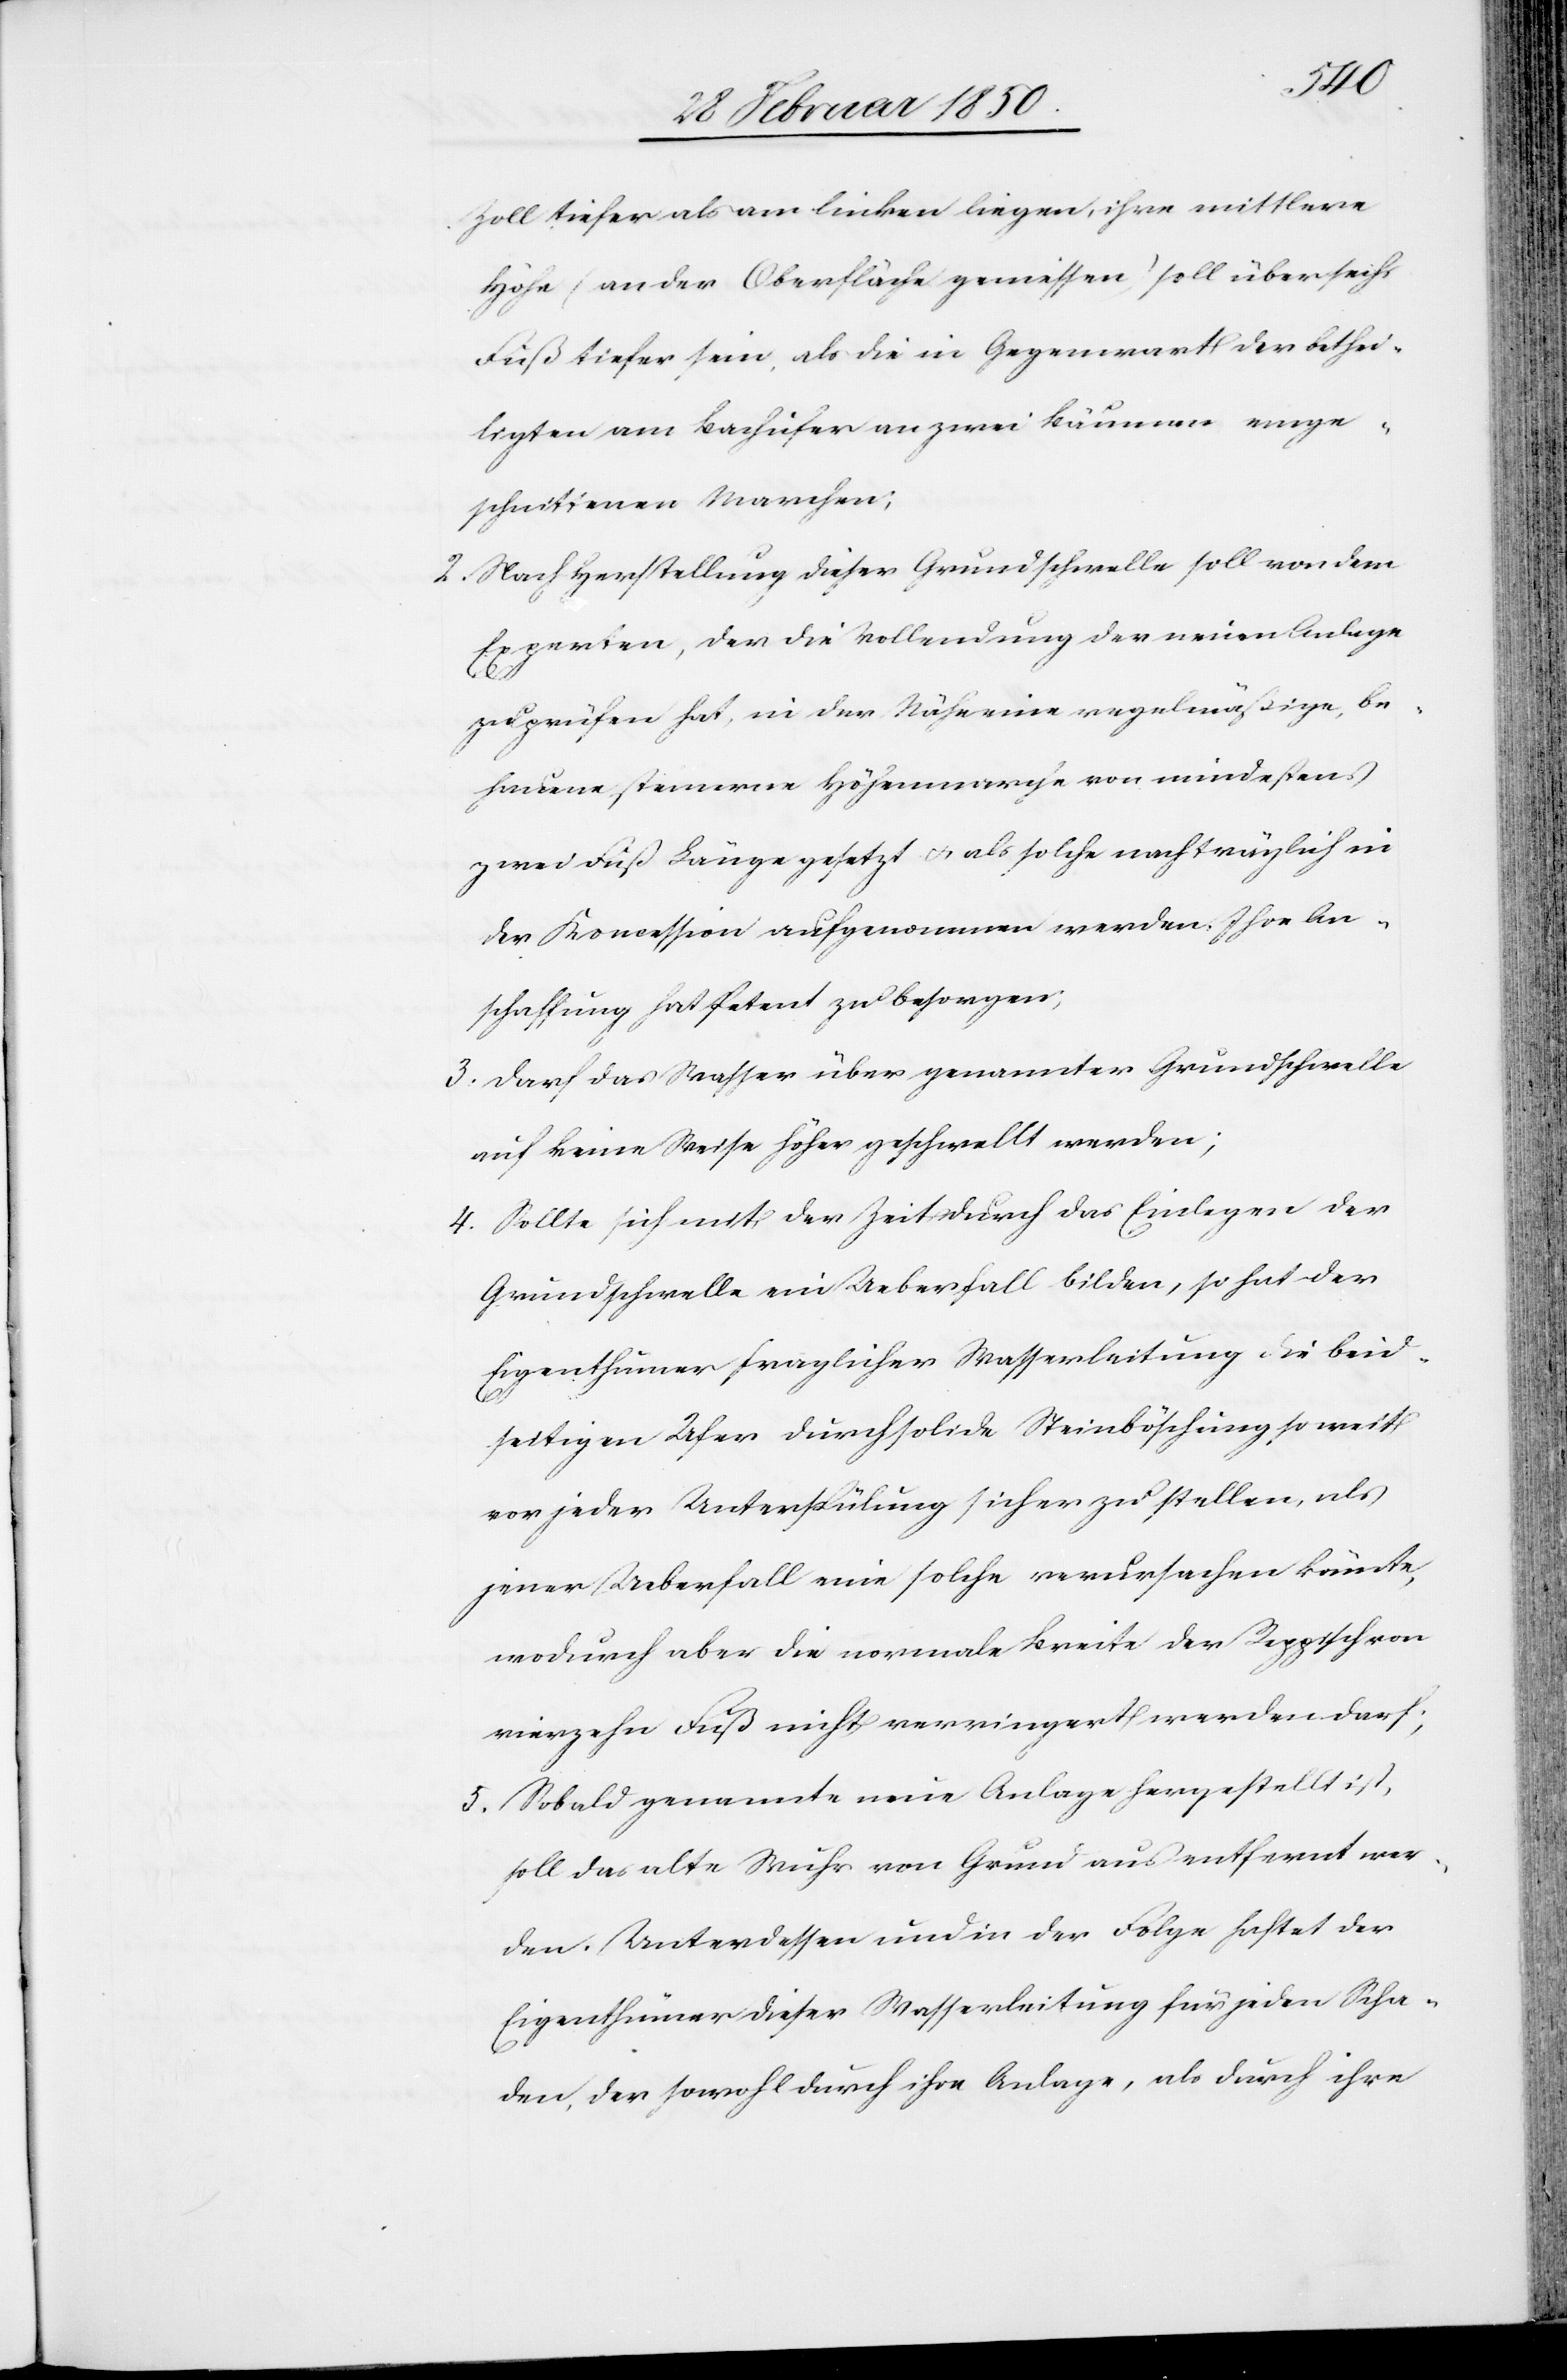
Zoll tiefer als am linken liegen, ihre mittlere
Höhe (an der Oberfläche gemessen) soll über sechs
Fuß tiefer sein, als die in Gegenwart der bethei¬
ligten am Bachufer an zwei Bäumen einge¬
schnittenen Marchen;
2. Nach Herstellung dieser Grundschwelle soll von dem
Experten, der die Vollendung der neuen Anlage
zu prüfen hat, in der Nähe eine regelmäßige, be¬
hauene steinerne Höhenmarche von mindestens
zwei Fuß Länge gesetzt u. als solche nachträglich in
der Koncession aufgenommen werden. Ihre An¬
schaffung hat Petent zu besorgen;
3. Darf das Wasser über genannter Grundschwelle
auf keine Weise höher geschwellt werden;
4. Sollte sich mit der Zeit durch das Einlegen der
Grundschwelle ein Ueberfall bilden, so hat der
Eigenthümer fraglicher Wasserleitung die beid¬
seitigen Ufer durch solide Steinböschung so weit
vor jeder Unterspülung sicher zu stellen, als
jener Ueberfall eine solche verursachen könnte,
wodurch aber die normale Breite der Reppisch von
vierzehn Fuß nicht verringert werden darf;
5. Sobald genannte neue Anlage hergestellt ist,
soll das alte Wuhr von Grund aus entfernt wer¬
den. Unterdessen und in der Folge haftet der
Eigenthümer dieser Wasserleitung für jeden Scha¬
den, der sowohl durch ihre Anlage, als durch ihre